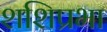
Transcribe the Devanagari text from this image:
शशिप्रभा